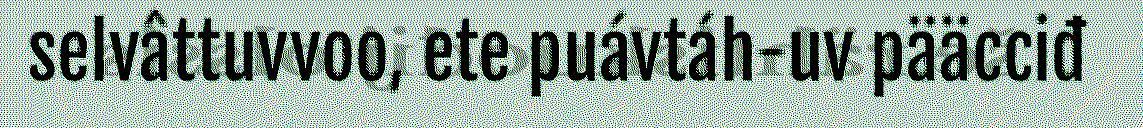
selvâttuvvoo, ete puávtáh-uv pääcciđ